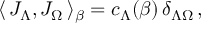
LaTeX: \langle \, { J } _ { \Lambda } , { J } _ { \Omega } \, \rangle _ { \beta } = c _ { \Lambda } ( \beta ) \, \delta _ { \Lambda \Omega } \, ,